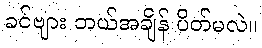
ခင်ဗျား ဘယ်အချိန် ပိတ်မလဲ။